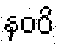
နဝပိ